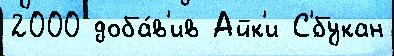
2000 доба́в'ив Айк'и С'́букан